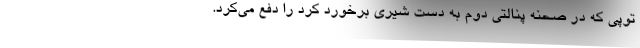
توپی که در صحنه پنالتی دوم به دست شیری برخورد کرد را دفع می‌کرد.